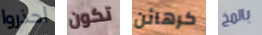
احذروا تكون كرهائن بالمخ